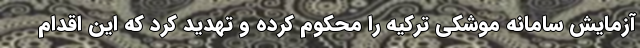
آزمایش سامانه موشکی ترکیه را محکوم کرده و تهدید کرد که این اقدام